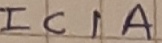
Text: IC1A